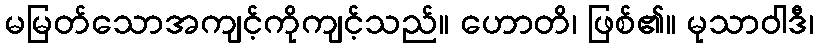
မမြတ်သောအကျင့်ကိုကျင့်သည်။ ဟောတိ၊ ဖြစ်၏။ မုသာဝါဒီ၊